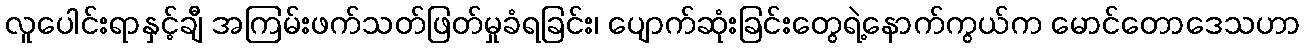
လူပေါင်းရာနှင့်ချီ အကြမ်းဖက်သတ်ဖြတ်မှုခံရခြင်း၊ ပျောက်ဆုံးခြင်းတွေရဲ့နောက်ကွယ်က မောင်တောဒေသဟာ